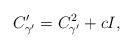
LaTeX: \begin{align*}C_{\gamma'}' = C_{\gamma'}^2 + cI,\end{align*}